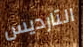
التارديس